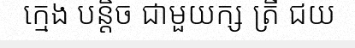
ក្មេង បន្តិច ជាមួយក្ស ត្រី ជយ